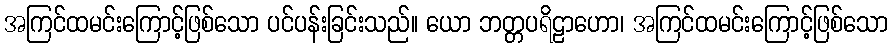
အကြင်ထမင်းကြောင့်ဖြစ်သော ပင်ပန်းခြင်းသည်။ ယော ဘတ္တပရိဠာဟော၊ အကြင်ထမင်းကြောင့်ဖြစ်သော